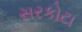
સરકોટા